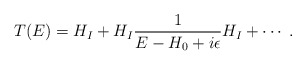
\begin{align*}T(E) = H_I + H_I \frac{1}{E-H_0 + i\epsilon} H_I + \cdots \; . \end{align*}